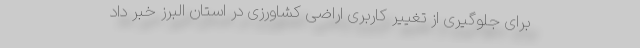
برای جلوگیری از تغییر کاربری اراضی کشاورزی در استان البرز خبر داد